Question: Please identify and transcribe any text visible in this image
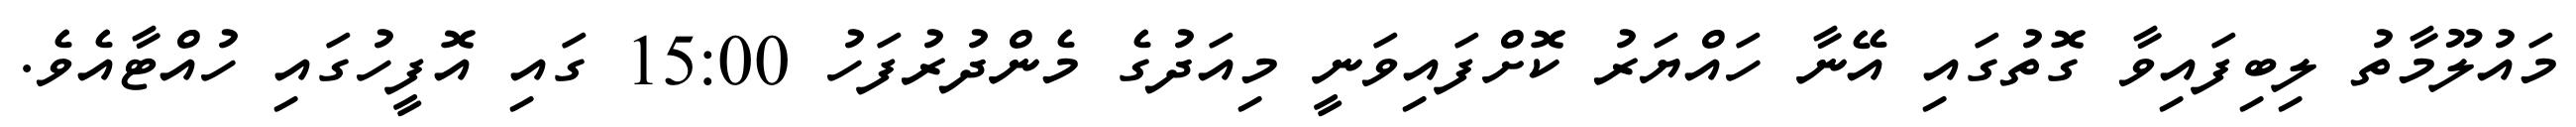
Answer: މައުލޫމާތު ލިބިފައިވާ ގޮތުގައި އޭނާ ހައްޔަރު ކޮށްފައިވަނީ މިއަދުގެ މެންދުރުފަހު 15:00 ގައި އޮފީހުގައި ހުއްޓާއެވެ.